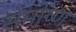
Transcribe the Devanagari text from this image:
समोष्ण